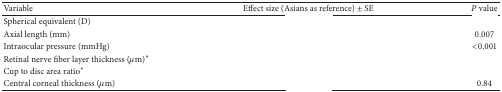
<table><thead><tr><td><b>Variable</b></td><td><b>Effect size (Asians as reference) ± SE</b></td><td><b><i>P</i> value</b></td></tr></thead><tbody><tr><td>Spherical equivalent (D)</td><td>[EMPTY_CELL]</td><td>[EMPTY_CELL]</td></tr><tr><td>Axial length (mm)</td><td>[EMPTY_CELL]</td><td>0.007</td></tr><tr><td>Intraocular pressure (mmHg)</td><td>[EMPTY_CELL]</td><td>&lt;0.001</td></tr><tr><td>Retinal nerve fiber layer thickness (<i>μ</i>m)∗</td><td>[EMPTY_CELL]</td><td>[EMPTY_CELL]</td></tr><tr><td>Cup to disc area ratio∗</td><td>[EMPTY_CELL]</td><td>[EMPTY_CELL]</td></tr><tr><td>Central corneal thickness (<i>μ</i>m)</td><td>[EMPTY_CELL]</td><td>0.84</td></tr></tbody></table>